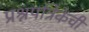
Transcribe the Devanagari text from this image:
प्रश्नपत्रिकेची